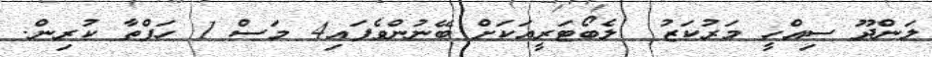
ލަންދޫ ސިއްހީ މަރުކަޒު  ލެބޯޓަރީއަކަށް ބޭނުންވެފައި4 މަސް 1 ހަފްތާ ކުރިން.